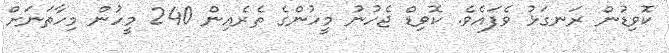
ކޮވިޑުން ރަނގަޅު ވެފައެވެ. ކޮވިޑް ޖެހުނު މީހުންގެ ތެރެއިން 240 މީހުން މިހާތަނަށް